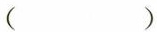
( )